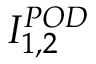
I _ { 1 , 2 } ^ { P O D }